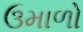
ઉમાળો